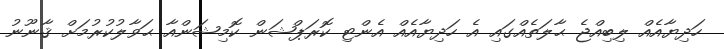
ހަދިޔާއެއް ލިބިއްޖެ ޙާލަތެއްގައި އެ ހަދިޔާއެއް އެންޓި ކޮރަޕްޝަން ކޮމިޝަންއާ ޙަވާލުކުރުމަށް ޤާނޫނު